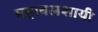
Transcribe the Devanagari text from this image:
महाबलशायी